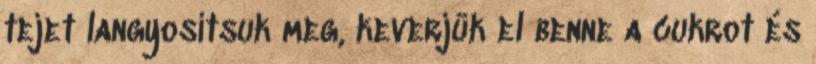
tejet langyosítsuk meg, keverjük el benne a cukrot és